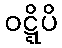
ဝဋ္ဋိပိ